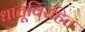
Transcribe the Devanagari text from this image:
धातूविरहित